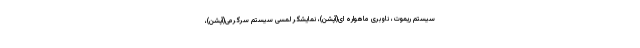
سیستم ریموت، ناوبری ماهواره ای(آپشن)، نمایشگر لمسی سیستم سرگرمی(آپشن)،